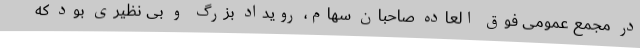
در مجمع عمومی فوق العاده صاحبان سهام، رویداد بزرگ و بی نظیری بود که